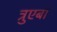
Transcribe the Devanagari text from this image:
त्रुएबा